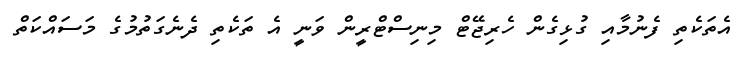
އެތަކެތި ފެނުމާއި ގުޅިގެން ހެރިޖޭޓް މިނިސްޓްރީން ވަނީ އެ ތަކެތި ދެނެގަތުމުގެ މަަސައްކަތް